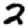
Digit: 2